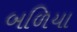
બળિયા